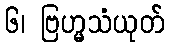
၆၊ ဗြဟ္မသံယုတ်